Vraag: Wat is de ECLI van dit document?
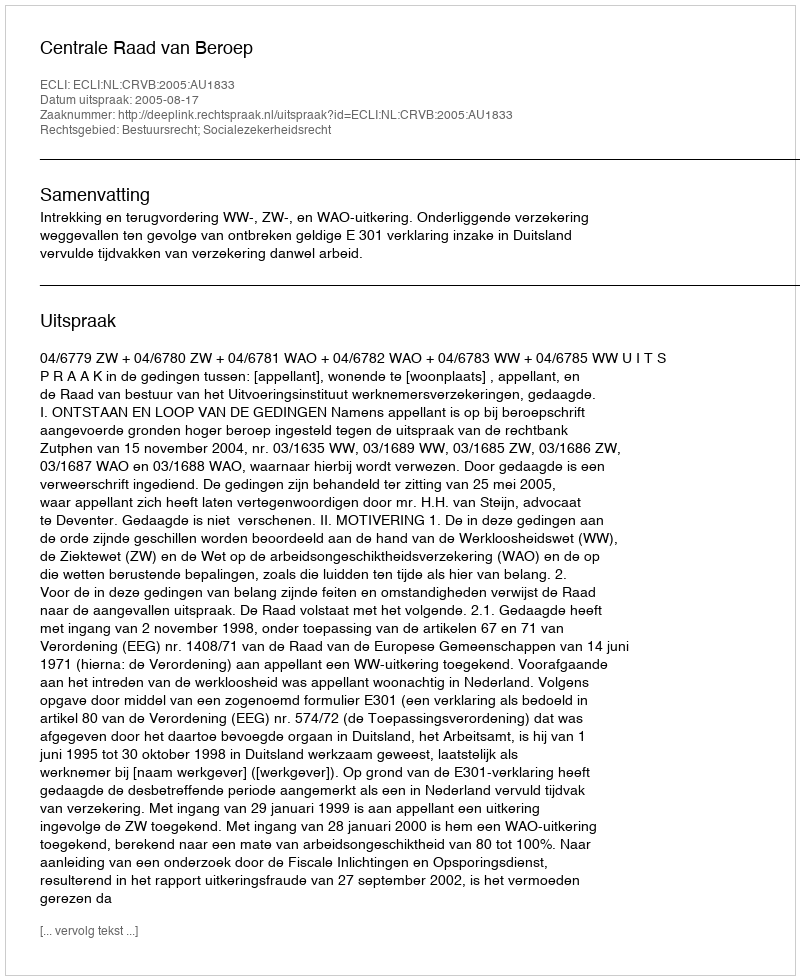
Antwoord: ECLI:NL:CRVB:2005:AU1833